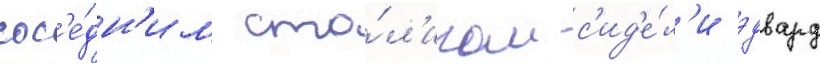
сос'е́дн'им сто́л'иком с'ид'е́л'и эдвард